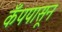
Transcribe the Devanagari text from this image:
कँपपासून